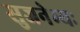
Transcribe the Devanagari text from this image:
सुजनेभ्यः